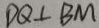
D Q \bot B M